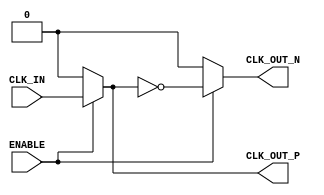
module differential_clock_buffer (
    input wire CLK_IN,      // Single-ended input clock
    input wire ENABLE,      // Active-high enable signal
    output wire CLK_OUT_P,  // Positive differential clock output
    output wire CLK_OUT_N   // Negative differential clock output
);

    // Internal signals
    wire clk_buf;           // Buffered clock signal

    // Buffering the input clock when ENABLE is high
    assign clk_buf = ENABLE ? CLK_IN : 1'b0; // Buffer output when enabled, else low

    // Generating the positive and negative differential outputs
    assign CLK_OUT_P = clk_buf;              // Positive output
    assign CLK_OUT_N = ENABLE ? ~clk_buf : 1'b0; // Negative output (inverted)

endmodule